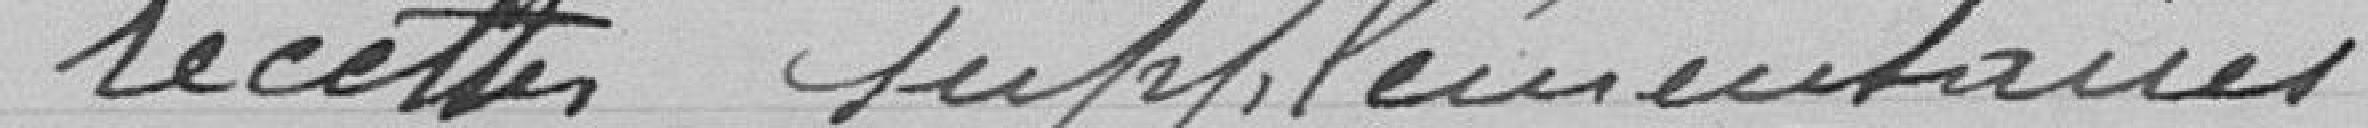
recettes supplémentaires